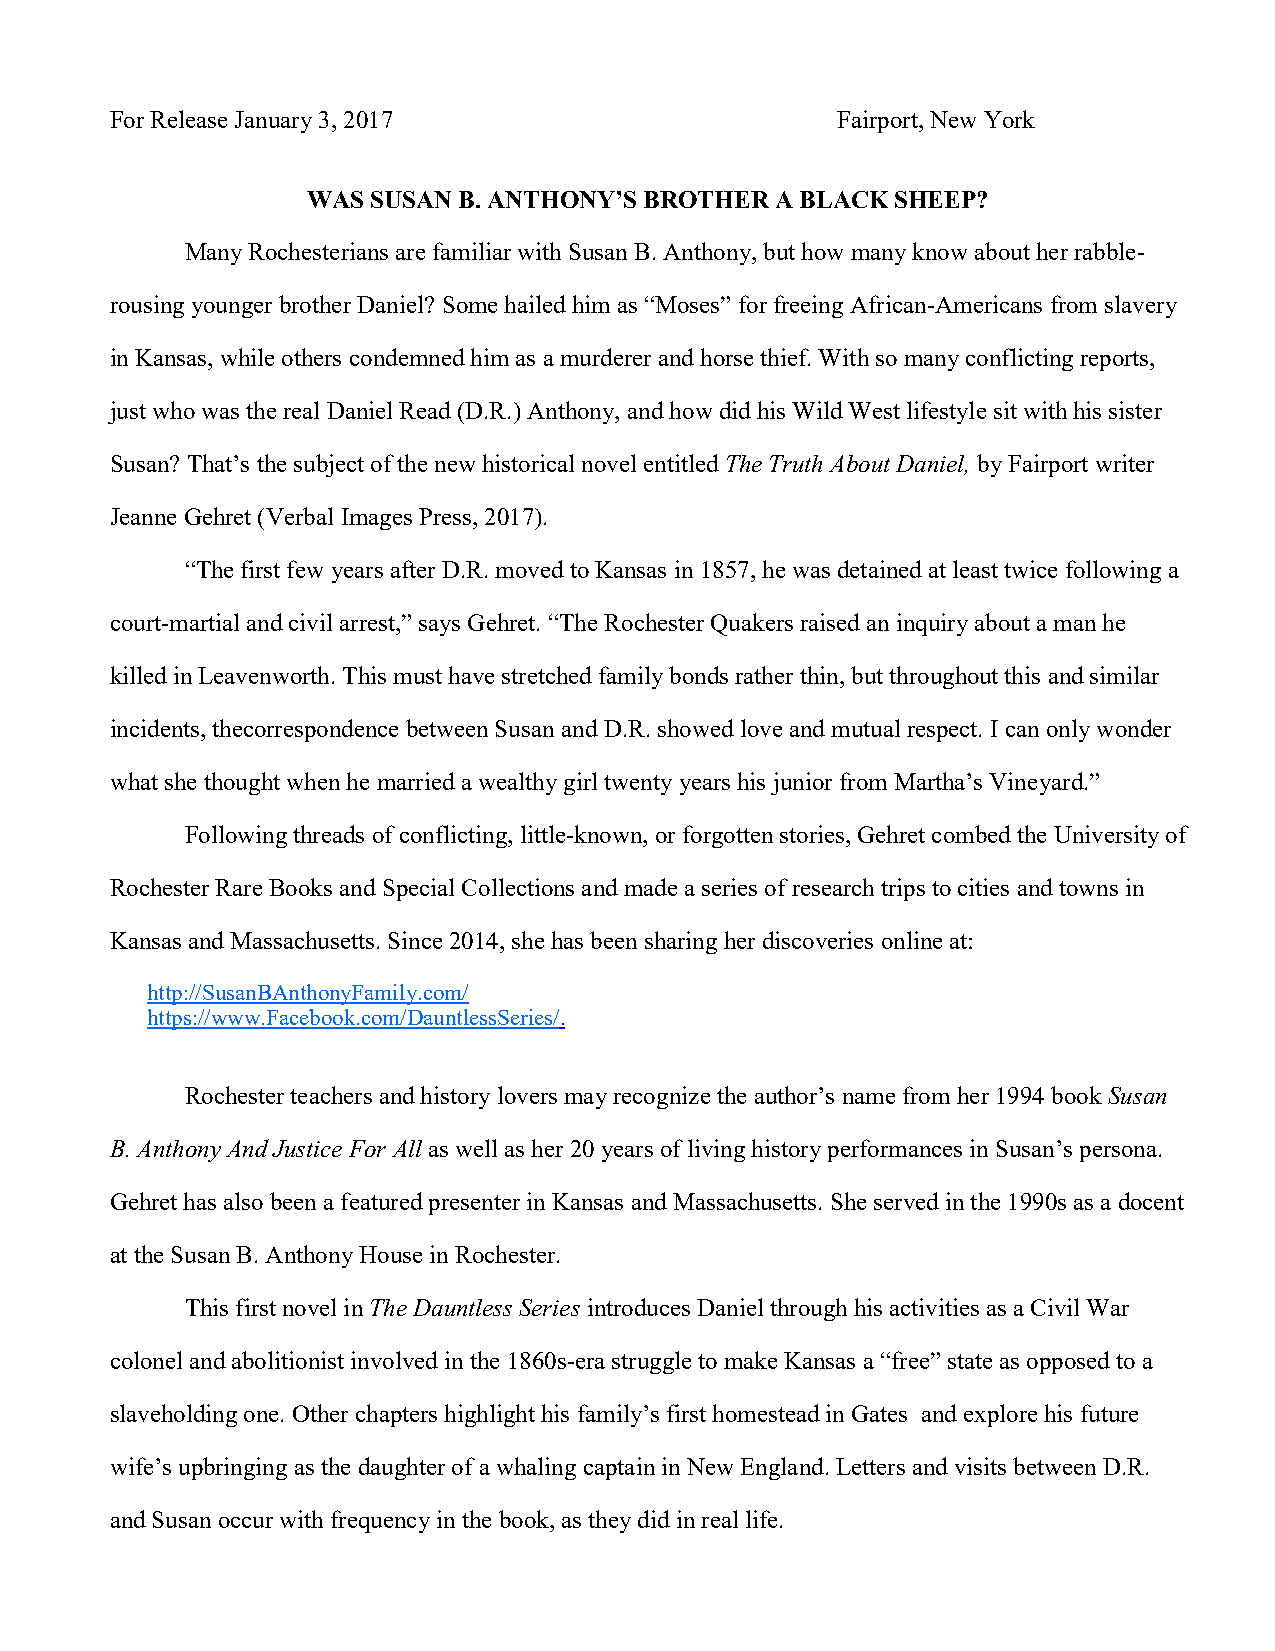
For Release January 3, 2017                     Fairport, New York
 WAS SUSAN B. ANTHONY’S BROTHER A BLACK SHEEP?
 Many Rochesterians are familiar with Susan B. Anthony, but how many know about her rabble-
 rousing younger brother Daniel? Some hailed him as “Moses” for freeing African-Americans from slavery
 in Kansas, while others condemned him as a murderer and horse thief. With so many conflicting reports,
 just who was the real Daniel Read (D.R.) Anthony, and how did his Wild West lifestyle sit with his sister
 Susan? That’s the subject of the new historical novel entitled The Truth About Daniel, by Fairport writer
 Jeanne Gehret (Verbal Images Press, 2017).
 “The first few years after D.R. moved to Kansas in 1857, he was detained at least twice following a
 court-martial and civil arrest,” says Gehret. “The Rochester Quakers raised an inquiry about a man he
 killed in Leavenworth. This must have stretched family bonds rather thin, but throughout this and similar
 incidents, thecorrespondence between Susan and D.R. showed love and mutual respect. I can only wonder
 what she thought when he married a wealthy girl twenty years his junior from Martha’s Vineyard.”
 Following threads of conflicting, little-known, or forgotten stories, Gehret combed the University of
 Rochester Rare Books and Special Collections and made a series of research trips to cities and towns in
 Kansas and Massachusetts. Since 2014, she has been sharing her discoveries online at:
 http://SusanBAnthonyFamily.com/
 https://www.Facebook.com/DauntlessSeries/.
 Rochester teachers and history lovers may recognize the author’s name from her 1994 book Susan
 B. Anthony And Justice For All as well as her 20 years of living history performances in Susan’s persona.
 Gehret has also been a featured presenter in Kansas and Massachusetts. She served in the 1990s as a docent
 at the Susan B. Anthony House in Rochester.
 This first novel in The Dauntless Series introduces Daniel through his activities as a Civil War
 colonel and abolitionist involved in the 1860s-era struggle to make Kansas a “free” state as opposed to a
 slaveholding one. Other chapters highlight his family’s first homestead in Gates and explore his future
 wife’s upbringing as the daughter of a whaling captain in New England. Letters and visits between D.R.
 and Susan occur with frequency in the book, as they did in real life.